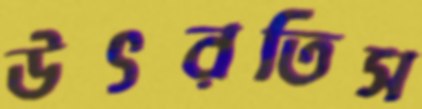
উৎরতিস